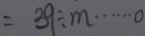
= 3 9 \div m \cdots 0